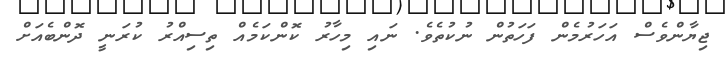
ޖިޔާންވެސް އަހަަރުމެން ފަހަތުން ނުކުތެވެ. ނައި މިހާރު ކޮންކަމެއް ތިސިއްރު ކުރަނީ ދޮންބެއަށް